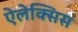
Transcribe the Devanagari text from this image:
ऐलेक्‍सिस